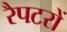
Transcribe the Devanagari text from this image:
रैपटरों